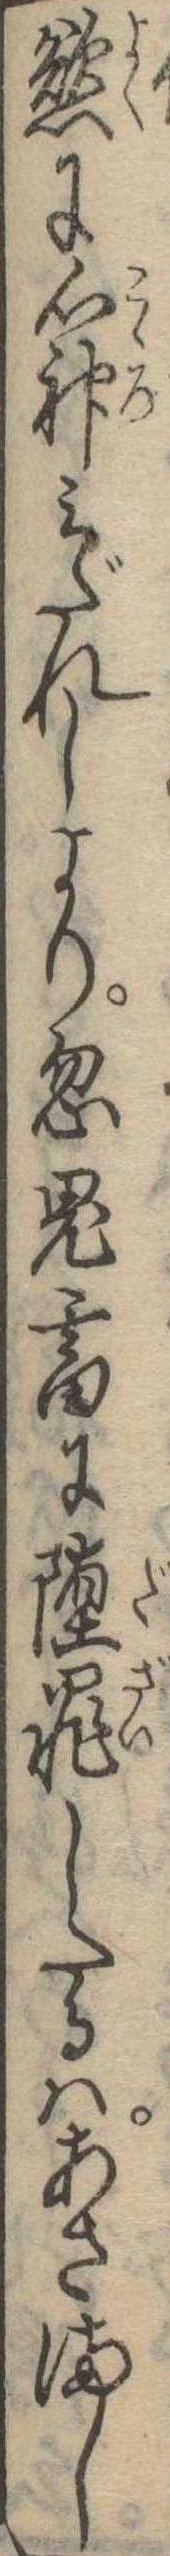
慾に心神みだれしより忽鬼畜に堕罪したるはあさまし